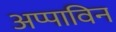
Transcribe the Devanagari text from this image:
अप्पाविन